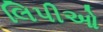
લિપીઓ